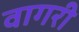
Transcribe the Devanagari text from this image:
वागरी